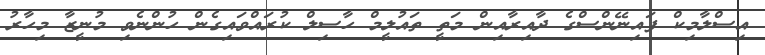
އިސްލާމިކް ފައިނޭންސްގެ ދާއިރާއިން މަތީ ތައުލީމް ހާސިލް ކުރައްވައިގެން ހުންނެވި މުނީޒާ މިހާރު